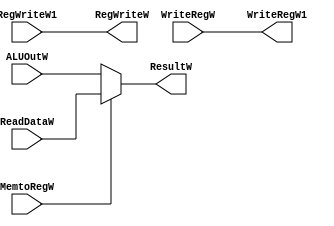

//////////////////////////////////////////////////////////////////////////////////
// Company: 
// Engineer: 
// 
// Design Name: 
// Module Name: Write_Back
// Project Name: 
// Target Devices: 
// Tool Versions: 
// Description: 
// 
// Dependencies: 
// 
// Revision:
// Revision 0.01 - File Created
// Additional Comments:
// 
//////////////////////////////////////////////////////////////////////////////////

module Write_Back(RegWriteW1,MemtoRegW,ReadDataW,ALUOutW, WriteRegW,ResultW,RegWriteW ,WriteRegW1);
input RegWriteW1,MemtoRegW;
input [31:0] ReadDataW,ALUOutW;
input [4:0] WriteRegW ;
output [31:0] ResultW;
output RegWriteW;
output[4:0] WriteRegW1 ;

assign ResultW=(MemtoRegW) ? ReadDataW : ALUOutW;
assign RegWriteW=RegWriteW1;
assign WriteRegW1=WriteRegW;

endmodule